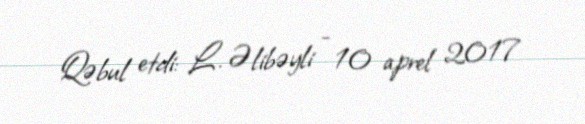
Qəbul etdi: L. Əlibəyli - 10 aprel 2017